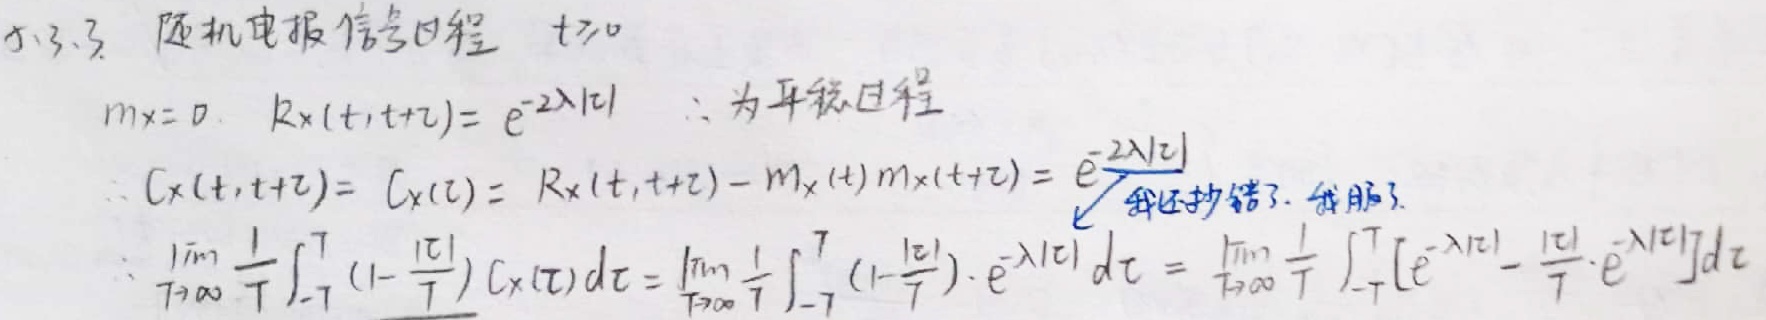
5.3.3 随机电报信号过程 \(t\geq0\)

\(m_X = 0, R_X(t,t+\tau)=e^{-2\lambda|\tau|}\) ：为平稳过程

\(\therefore C_X(t,t + \tau)=C_X(\tau)=R_X(t,t+\tau)-m_X(t)m_X(t+\tau)=e^{-2\lambda|\tau|}\)

\(\therefore\lim_{T\rightarrow\infty}\frac{1}{T}\int_{-T}^{T}(1 - \frac{|\tau|}{T})C_X(\tau)d\tau=\lim_{T\rightarrow\infty}\frac{1}{T}\int_{-T}^{T}(1 - \frac{|\tau|}{T})\cdot e^{-\lambda|\tau|}d\tau=\lim_{T\rightarrow\infty}\frac{1}{T}\int_{-T}^{T}[e^{-\lambda|\tau|}-\frac{|\tau|}{T}\cdot e^{-\lambda|\tau|}]d\tau\)